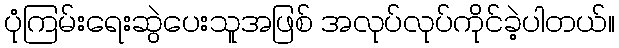
ပုံကြမ်းရေးဆွဲပေးသူအဖြစ် အလုပ်လုပ်ကိုင်ခဲ့ပါတယ်။